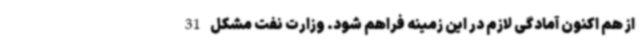
از هم اکنون آمادگی لازم در این زمینه فراهم شود. وزارت نفت مشکل 31